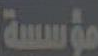
مؤسسة